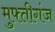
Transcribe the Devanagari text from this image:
मुफ्तीगंज